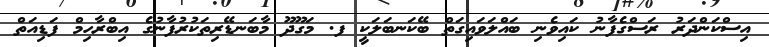
އިސްކަންދަރު ރަސްގެފާނު ކައިވެނި ބައްލަވައިގަތް ބޭކަނބަލަކީ ފ. މަގޫދޫ މާބަނޑޭރިތަކުރުފާނުގެ އިބްރާހިމް ފަޑިއަތް